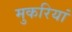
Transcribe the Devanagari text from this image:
मुकरियां